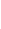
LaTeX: \! \! \! \! \! \! \! \! \! \! \! 0\! \! \! \! \! \! \! \! \! \! \! \! \notin\! \! \! \! \! \! \! \! \! \! \! \! Z\! \! \! \! \! \! \! \! \! \! \! \! _{\! \! \! \! \! \! \! \! \! \! \! \! \varepsilon\! \! \! \! \! \! \! \! \! \! \! \! ^{\! }\! \! \! \! \! \! \! \! \! \! \! *}\! \! \! \! \! \! \! \! \! \! \! \! (\! \! \! \! \! \! \! \! \! \! \! \! \partial\! \! \! \! \! \! \! \! \! \! \! \! B\! \! \! \! \! \! \! \! \! \! \! \! _{s}\! \! \! \! \! \! \! \! \! \! \! \! )\! \! \! \! \! \! \! \! \! \! \!